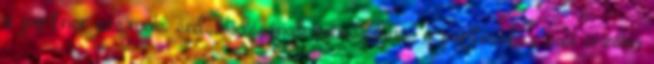
a partner szexuális érdeklődésének növekedése, a partnerhez való érzelmi